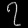
Digit: ၇